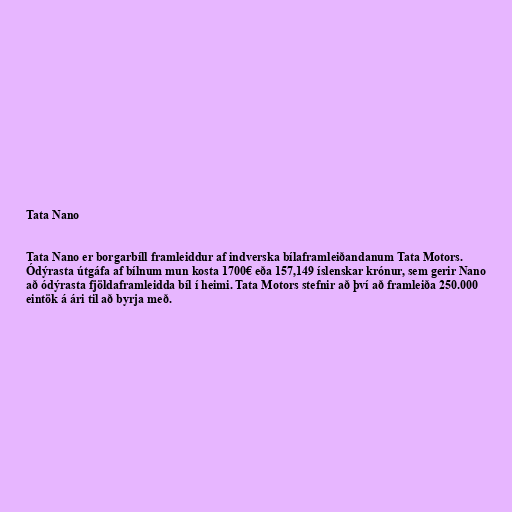
Tata Nano

Tata Nano er borgarbíll framleiddur af indverska bílaframleiðandanum Tata Motors.
Ódýrasta útgáfa af bílnum mun kosta 1700€ eða 157,149 íslenskar krónur, sem gerir Nano
að ódýrasta fjöldaframleidda bíl í heimi. Tata Motors stefnir að því að framleiða 250.000
eintök á ári til að byrja með.